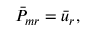
\bar { P } _ { m r } = \bar { u } _ { r } ,